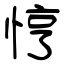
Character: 悙